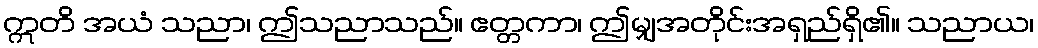
ဣတိ အယံ သညာ၊ ဤသညာသည်။ ဧတ္တကာ၊ ဤမျှအတိုင်းအရှည်ရှိ၏။ သညာယ၊